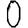
Digit: 0